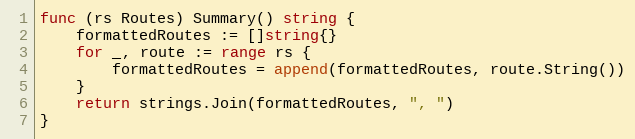
Language: Go
func (rs Routes) Summary() string {
	formattedRoutes := []string{}
	for _, route := range rs {
		formattedRoutes = append(formattedRoutes, route.String())
	}
	return strings.Join(formattedRoutes, ", ")
}